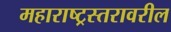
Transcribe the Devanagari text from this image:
महाराष्ट्रस्तरावरील